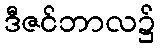
ဒီဇင်ဘာလ၌